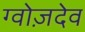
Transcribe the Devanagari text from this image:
ग्वोज़देव